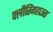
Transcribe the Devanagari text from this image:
क्लीरिंगहाउस